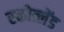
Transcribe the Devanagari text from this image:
स्कोत्लेंड